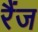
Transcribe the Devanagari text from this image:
रैंज